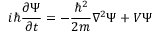
i \hbar { \frac { \partial \Psi } { \partial t } } = - { \frac { \hbar ^ { 2 } } { 2 m } } \nabla ^ { 2 } \Psi + V \Psi